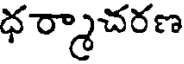
ధర్మాచరణ